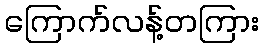
ကြောက်လန့်တကြား